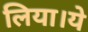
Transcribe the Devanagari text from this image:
लिया।ये